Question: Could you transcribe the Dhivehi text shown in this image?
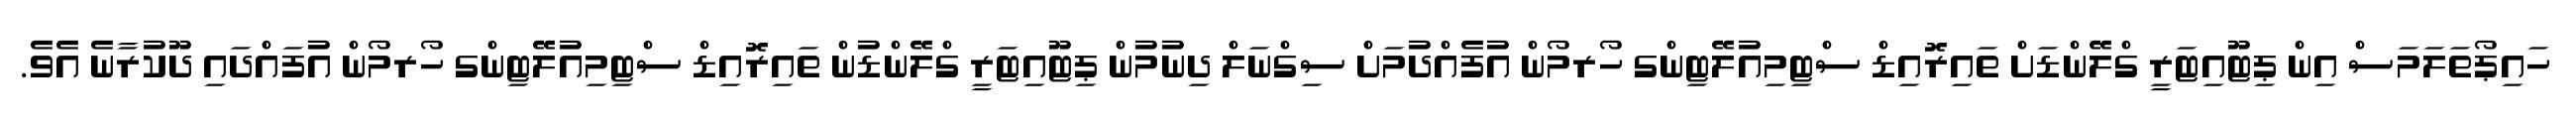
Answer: ހައިޕޯތަލަމަސް އިން ޕިޓޫއިޓަރީ ގްލޭންޑަށް ތައިރޮއިޑް ސްޓިމިއުލޭޓިންގ ހޯރމޯން އުފެއްދުމަށް ސިގްނަލް ދިނުމުން ޕިޓޫއިޓަރީ ގްލޭންޑުން ތައިރޮއިޑް ސްޓިމިއުލޭޓިންގ ހޯރމޯން އުފައްދައި ދޫކުރާނެ އެވެ.